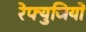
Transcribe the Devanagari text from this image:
रेफ्युजियों